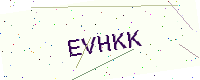
Text: EVHKK